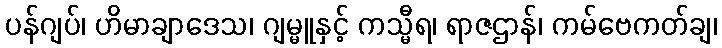
ပန်ဂျပ်၊ ဟိမာချာဒေသ၊ ဂျမ္မူနှင့် ကသ္မီရ၊ ရာဇဌာန်၊ ကမ်ဗေကတ်ချ၊